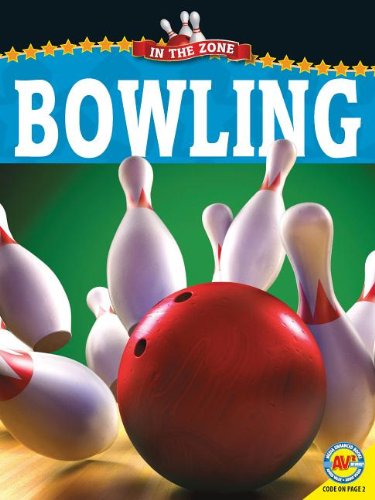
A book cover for Bowling (In the Zone); Don Cruickshank; Sports & Outdoors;